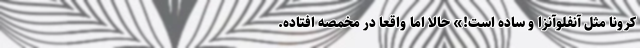
کرونا مثل آنفلوآنزا و ساده است!» حالا اما واقعاً در مخمصه افتاده.